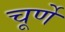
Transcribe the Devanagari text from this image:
चूर्णे